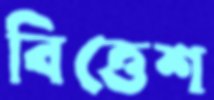
বিত্তেশ